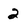
Character: 2